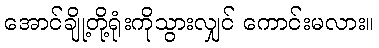
အောင်ချို့တို့ရုံးကိုသွားလျှင် ကောင်းမလား။